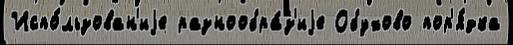
Испо́льзован'иjе разнообра́з'иjе Обухово пор'я́дка